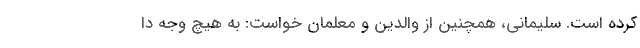
کرده است. سلیمانی، همچنین از والدین و معلمان خواست: به ھیچ وجه دا